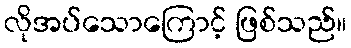
လိုအပ်သောကြောင့် ဖြစ်သည်။